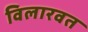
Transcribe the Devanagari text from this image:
विलारवत